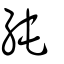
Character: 純